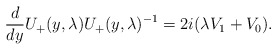
\begin{align*} \frac{d}{dy}U_{+}(y,\lambda) U_{+}(y,\lambda)^{-1}=2i(\lambda V_1+V_0).\end{align*}